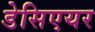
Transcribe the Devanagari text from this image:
डेसिएयर